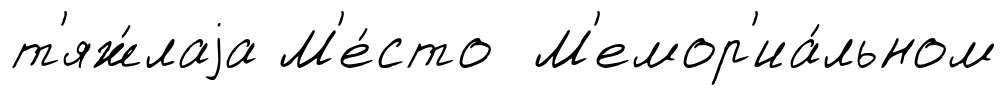
т'яж́лаjа М'е́сто М'емор'иа́льном